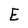
Character: E